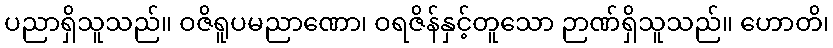
ပညာရှိသူသည်။ ဝဇိရူပမညာဏော၊ ဝရဇိန်နှင့်တူသော ဉာဏ်ရှိသူသည်။ ဟောတိ၊